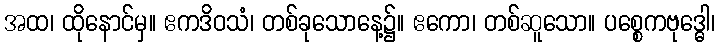
အထ၊ ထိုနောင်မှ။ ဧကဒိဝသံ၊ တစ်ခုသောနေ့၌။ ဧကော၊ တစ်ဆူသော။ ပစ္စေကဗုဒ္ဓေါ၊